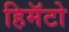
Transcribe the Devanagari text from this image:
हिमॅटो